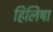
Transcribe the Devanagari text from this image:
हिलिषा